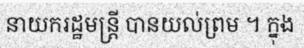
នាយករដ្ឋមន្ត្រី បានយល់ព្រម ។ ក្នុង